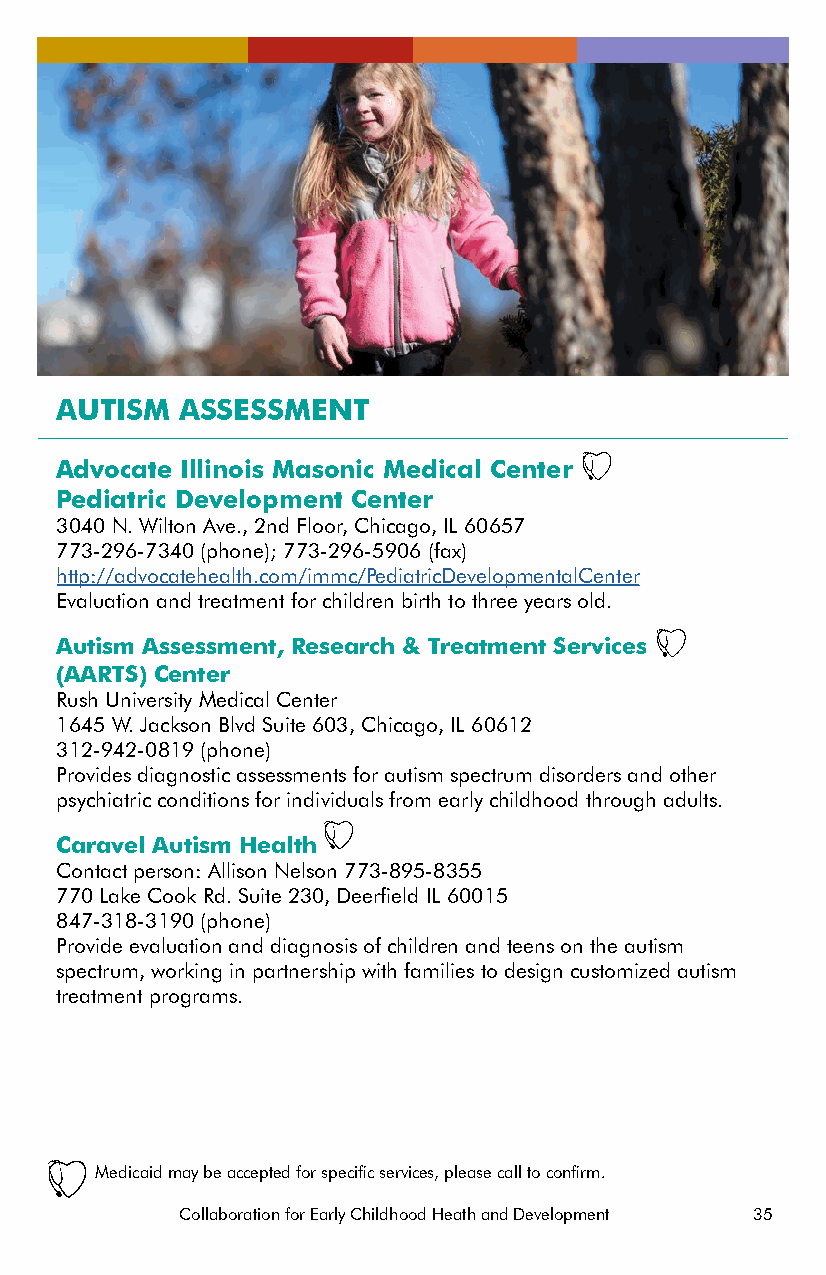
AUTISM  ASSESSMENT
 Advocate Illinois Masonic Medical Center
 Pediatric Development Center
 3040 N. Wilton Ave., 2nd Floor, Chicago, IL 60657
 773-296-7340 (phone); 773-296-5906 (fax)
 http://advocatehealth.com/immc/PediatricDevelopmentalCenter
 Evaluation and treatment for children birth to three years old.
 Autism Assessment, Research & Treatment Services
 (AARTS) Center
 Rush University Medical Center
 1645 W. Jackson Blvd Suite 603, Chicago, IL 60612
 312-942-0819 (phone)
 Provides diagnostic assessments for autism spectrum disorders and other
 psychiatric conditions for individuals from early childhood through adults.
 Caravel Autism Health
 Contact person: Allison Nelson 773-895-8355
 770 Lake Cook Rd. Suite 230, Deerfield IL 60015
 847-318-3190 (phone)
 Provide evaluation and diagnosis of children and teens on the autism
 spectrum, working in partnership with families to design customized autism
 treatment programs.
 Medicaid may be accepted for specific services, please call to confirm.
 Collaboration for Early Childhood Heath and Development 35